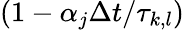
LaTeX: (1-\alpha_{j}\Delta t/\tau_{k,l})